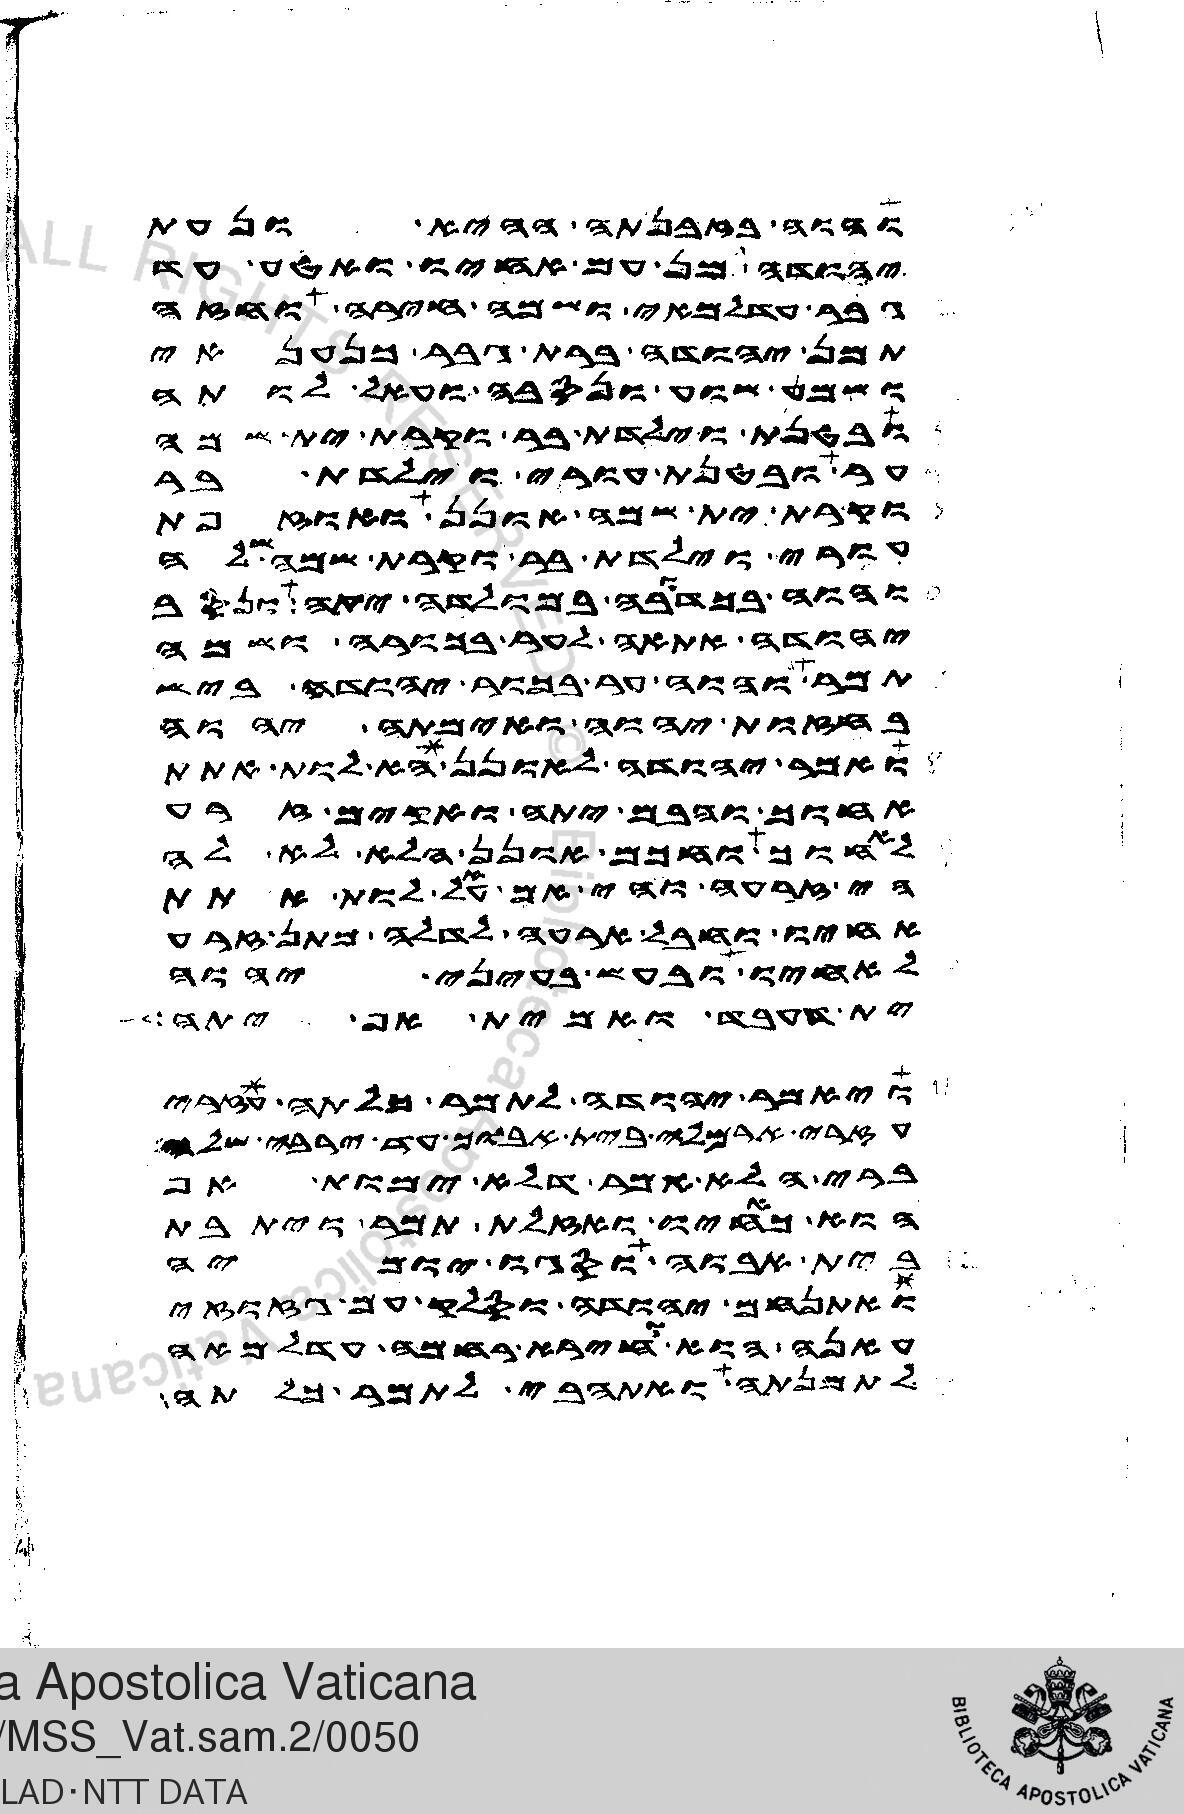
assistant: והוה בזבנתה ההיא ונעת
יהודה מן עם אחיו ואטע עד
גבר עדלמאי ושמה חירה וחזה
תמן יהודה ברת גבר כנענאי
ושמע שוע ונסבה ועאל לותה
ובטנת וילדת בר וקרת ית שמה
ער ובטנת עורי וילדת בר
וקרת ית שמה אונן ואוזפת
עורי וילדת בר וקרת שמה שלה
והוה בכדובה במולדה יתה ונסב
יהודה אתאה לער בכורה ושמה
תמר והוה ער בכור יהודה ביש
בחזות יהוה ואימתה יהוה
ואמר יהודה לאונן הא לות אתת
אחוך והבם יתה ואקים זרע
לאחוך וחכם אונן הלא לא לה
הי זרעה והי אם עאל לות אתת
אחיו וחבל ארעה לדלה מתן זרע
לאחיו ובעש בעיני יהוה
ית דעבד ואמית אף יתה
ויאמר יהודה לתמר כלתה עזרי
עזרי ארמלה בית אבוך עד ירבה שלה
ברי הלא אמר דלא ימות אף
הוא כאחיו ואזלת תמר ויתבת
בית אבוה וסגו יומיה
ואתנחם יהודה וסלק עם גזוזי
עאנה הוא וחירא רחמה עדלמאה
לתמנתה ואתהבי לתמר כלתה